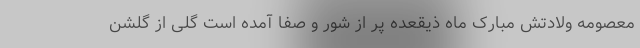
معصومه ولادتش مبارک ماه ذیقعده پر از شور و صفا آمده است گلی از گلشن